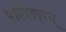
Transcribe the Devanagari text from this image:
पल्लिपुरम्